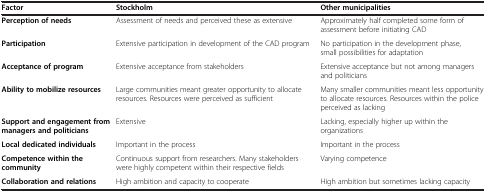
<table><thead><tr><td><b>Factor</b></td><td><b>Stockholm</b></td><td><b>Other municipalities</b></td></tr></thead><tbody><tr><td><b>Perception of needs</b></td><td>Assessment of needs and perceived these as extensive</td><td>Approximately half completed some form of assessment before initiating CAD</td></tr><tr><td><b>Participation</b></td><td>Extensive participation in development of the CAD program</td><td>No participation in the development phase, small possibilities for adaptation</td></tr><tr><td><b>Acceptance of program</b></td><td>Extensive acceptance from stakeholders</td><td>Extensive acceptance but not among managers and politicians</td></tr><tr><td><b>Ability to mobilize resources</b></td><td>Large communities meant greater opportunity to allocate resources. Resources were perceived as sufficient</td><td>Many smaller communities meant less opportunity to allocate resources. Resources within the police perceived as lacking</td></tr><tr><td><b>Support and engagement from managers and politicians</b></td><td>Extensive</td><td>Lacking, especially higher up within the organizations</td></tr><tr><td><b>Local dedicated individuals</b></td><td>Important in the process</td><td>Important in the process</td></tr><tr><td><b>Competence within the community</b></td><td>Continuous support from researchers. Many stakeholders were highly competent within their respective fields</td><td>Varying competence</td></tr><tr><td><b>Collaboration and relations</b></td><td>High ambition and capacity to cooperate</td><td>High ambition but sometimes lacking capacity</td></tr></tbody></table>